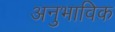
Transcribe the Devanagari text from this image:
अनुभाविक